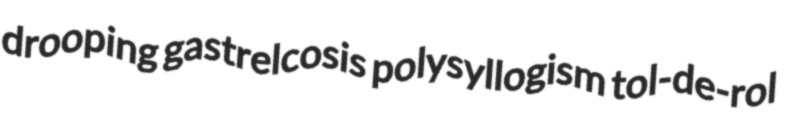
drooping gastrelcosis polysyllogism tol-de-rol